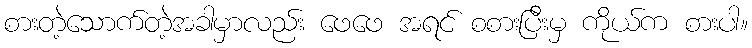
စားတဲ့သောက်တဲ့အခါမှာလည်း ဖေဖေ အရင် စစားပြီးမှ ကိုယ်က စားပါ။